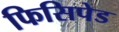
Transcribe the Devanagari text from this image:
फिसिपेड